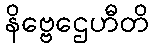
နိဗ္ဗေဌေဟီတိ